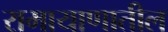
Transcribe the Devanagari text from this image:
रामायाणातील